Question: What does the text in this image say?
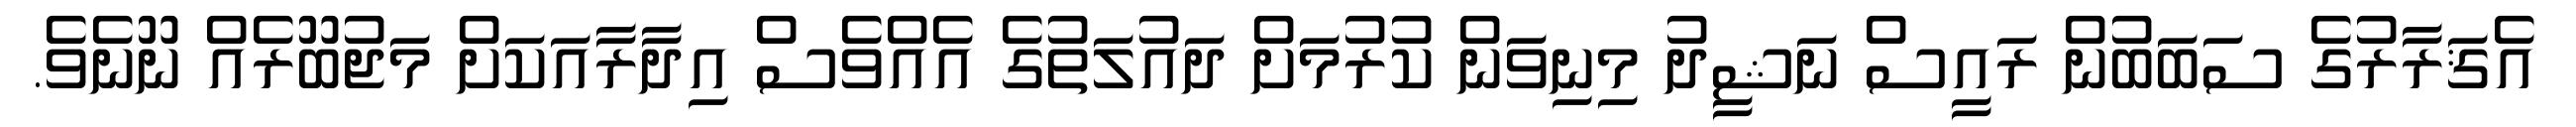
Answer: އެޤަރާރުގެ ސަބަބުން ރައީސް ނަޝީދު މިނިވަން ކުރުމަށް ދައުލަތުގެ އެއްވެސް އިދާރާއަކަށް މަޖުބޫރެއް ނޫނެވެ.